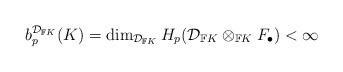
LaTeX: \begin{align*} b_p^{\mathcal{D}_{\mathbb{F}K}}(K) = \dim_{\mathcal{D}_{\mathbb{F}K}} H_p (\mathcal{D}_{\mathbb{F}K} \otimes_{\mathbb{F}K} F_\bullet) < \infty\end{align*}